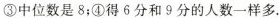
③中位数是8；④得6分和9分的人数一样多。